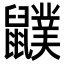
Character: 𪖈